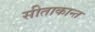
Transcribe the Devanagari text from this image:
सीताकान्त